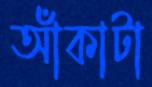
আঁকাটা